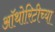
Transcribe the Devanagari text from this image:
ऑथोरिटीच्या